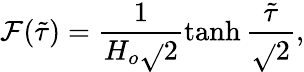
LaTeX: \mathcal{F}(\tilde{{\tau}})=\frac{{1}}{{H_{o}\sqrt{}{{2}}}}\operatorname{tanh}\frac{{\tilde{{\tau}}}}{{\sqrt{}{{2}}}},